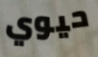
حيوي